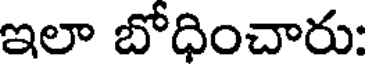
ఇలా బోధించారు: